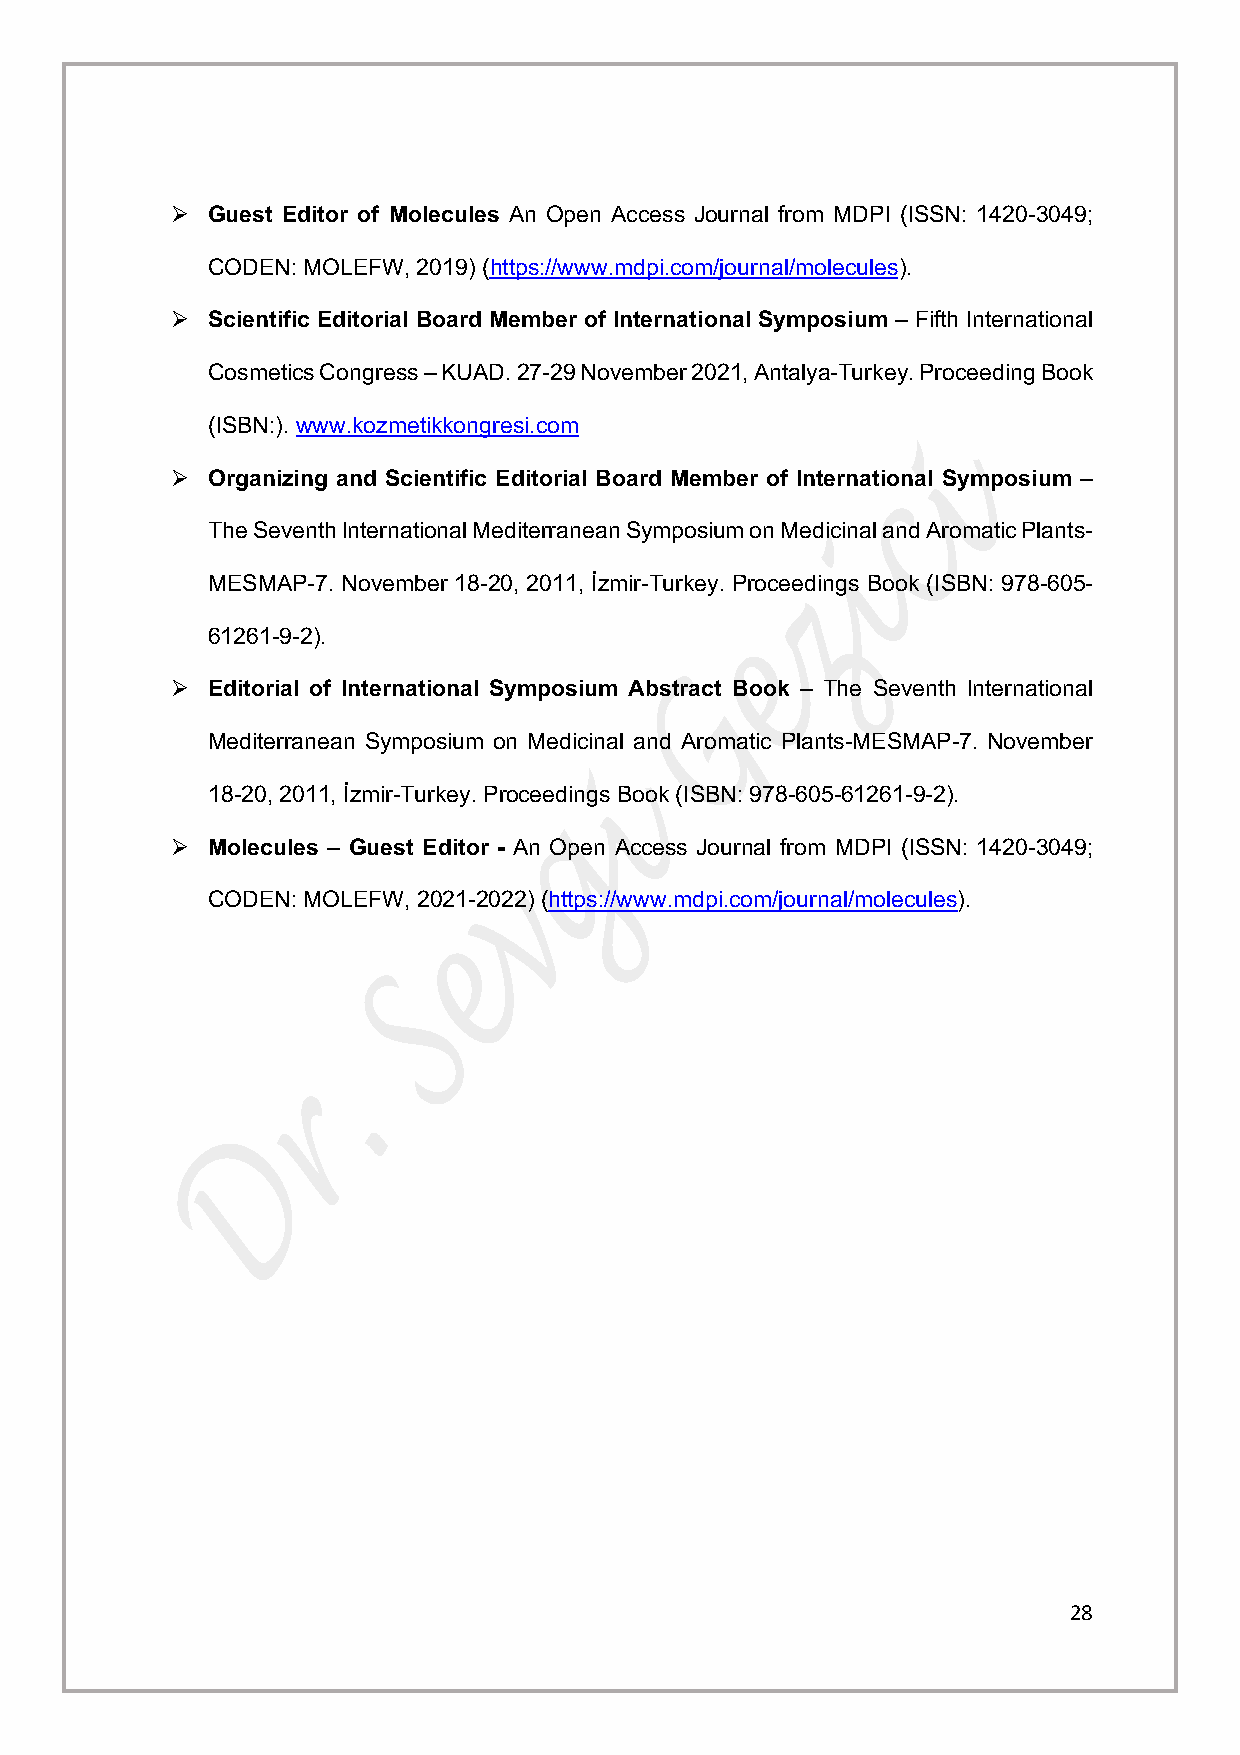
Ø  Guest Editor of Molecules An Open Access Journal from MDPI (ISSN: 1420-3049;
 CODEN: MOLEFW, 2019) (https://www.mdpi.com/journal/molecules).
 Ø  Scientific Editorial Board Member of International Symposium – Fifth International
 Cosmetics Congress – KUAD. 27-29 November 2021, Antalya-Turkey. Proceeding Book
 (ISBN:). www.kozmetikkongresi.com
 Ø  Organizing and Scientific Editorial Board Member of International Symposium –
 The Seventh International Mediterranean Symposium on Medicinal and Aromatic Plants-
 MESMAP-7. November 18-20, 2011, İzmir-Turkey. Proceedings Book (ISBN: 978-605-
 61261-9-2).
 Ø  Editorial of International Symposium Abstract Book – The Seventh International
 Mediterranean Symposium on Medicinal and Aromatic Plants-MESMAP-7. November
 18-20, 2011, İzmir-Turkey. Proceedings Book (ISBN: 978-605-61261-9-2).
 Ø  Molecules – Guest Editor - An Open Access Journal from MDPI (ISSN: 1420-3049;
 CODEN: MOLEFW, 2021-2022) (https://www.mdpi.com/journal/molecules).
 28